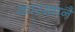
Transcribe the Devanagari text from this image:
कारखानै